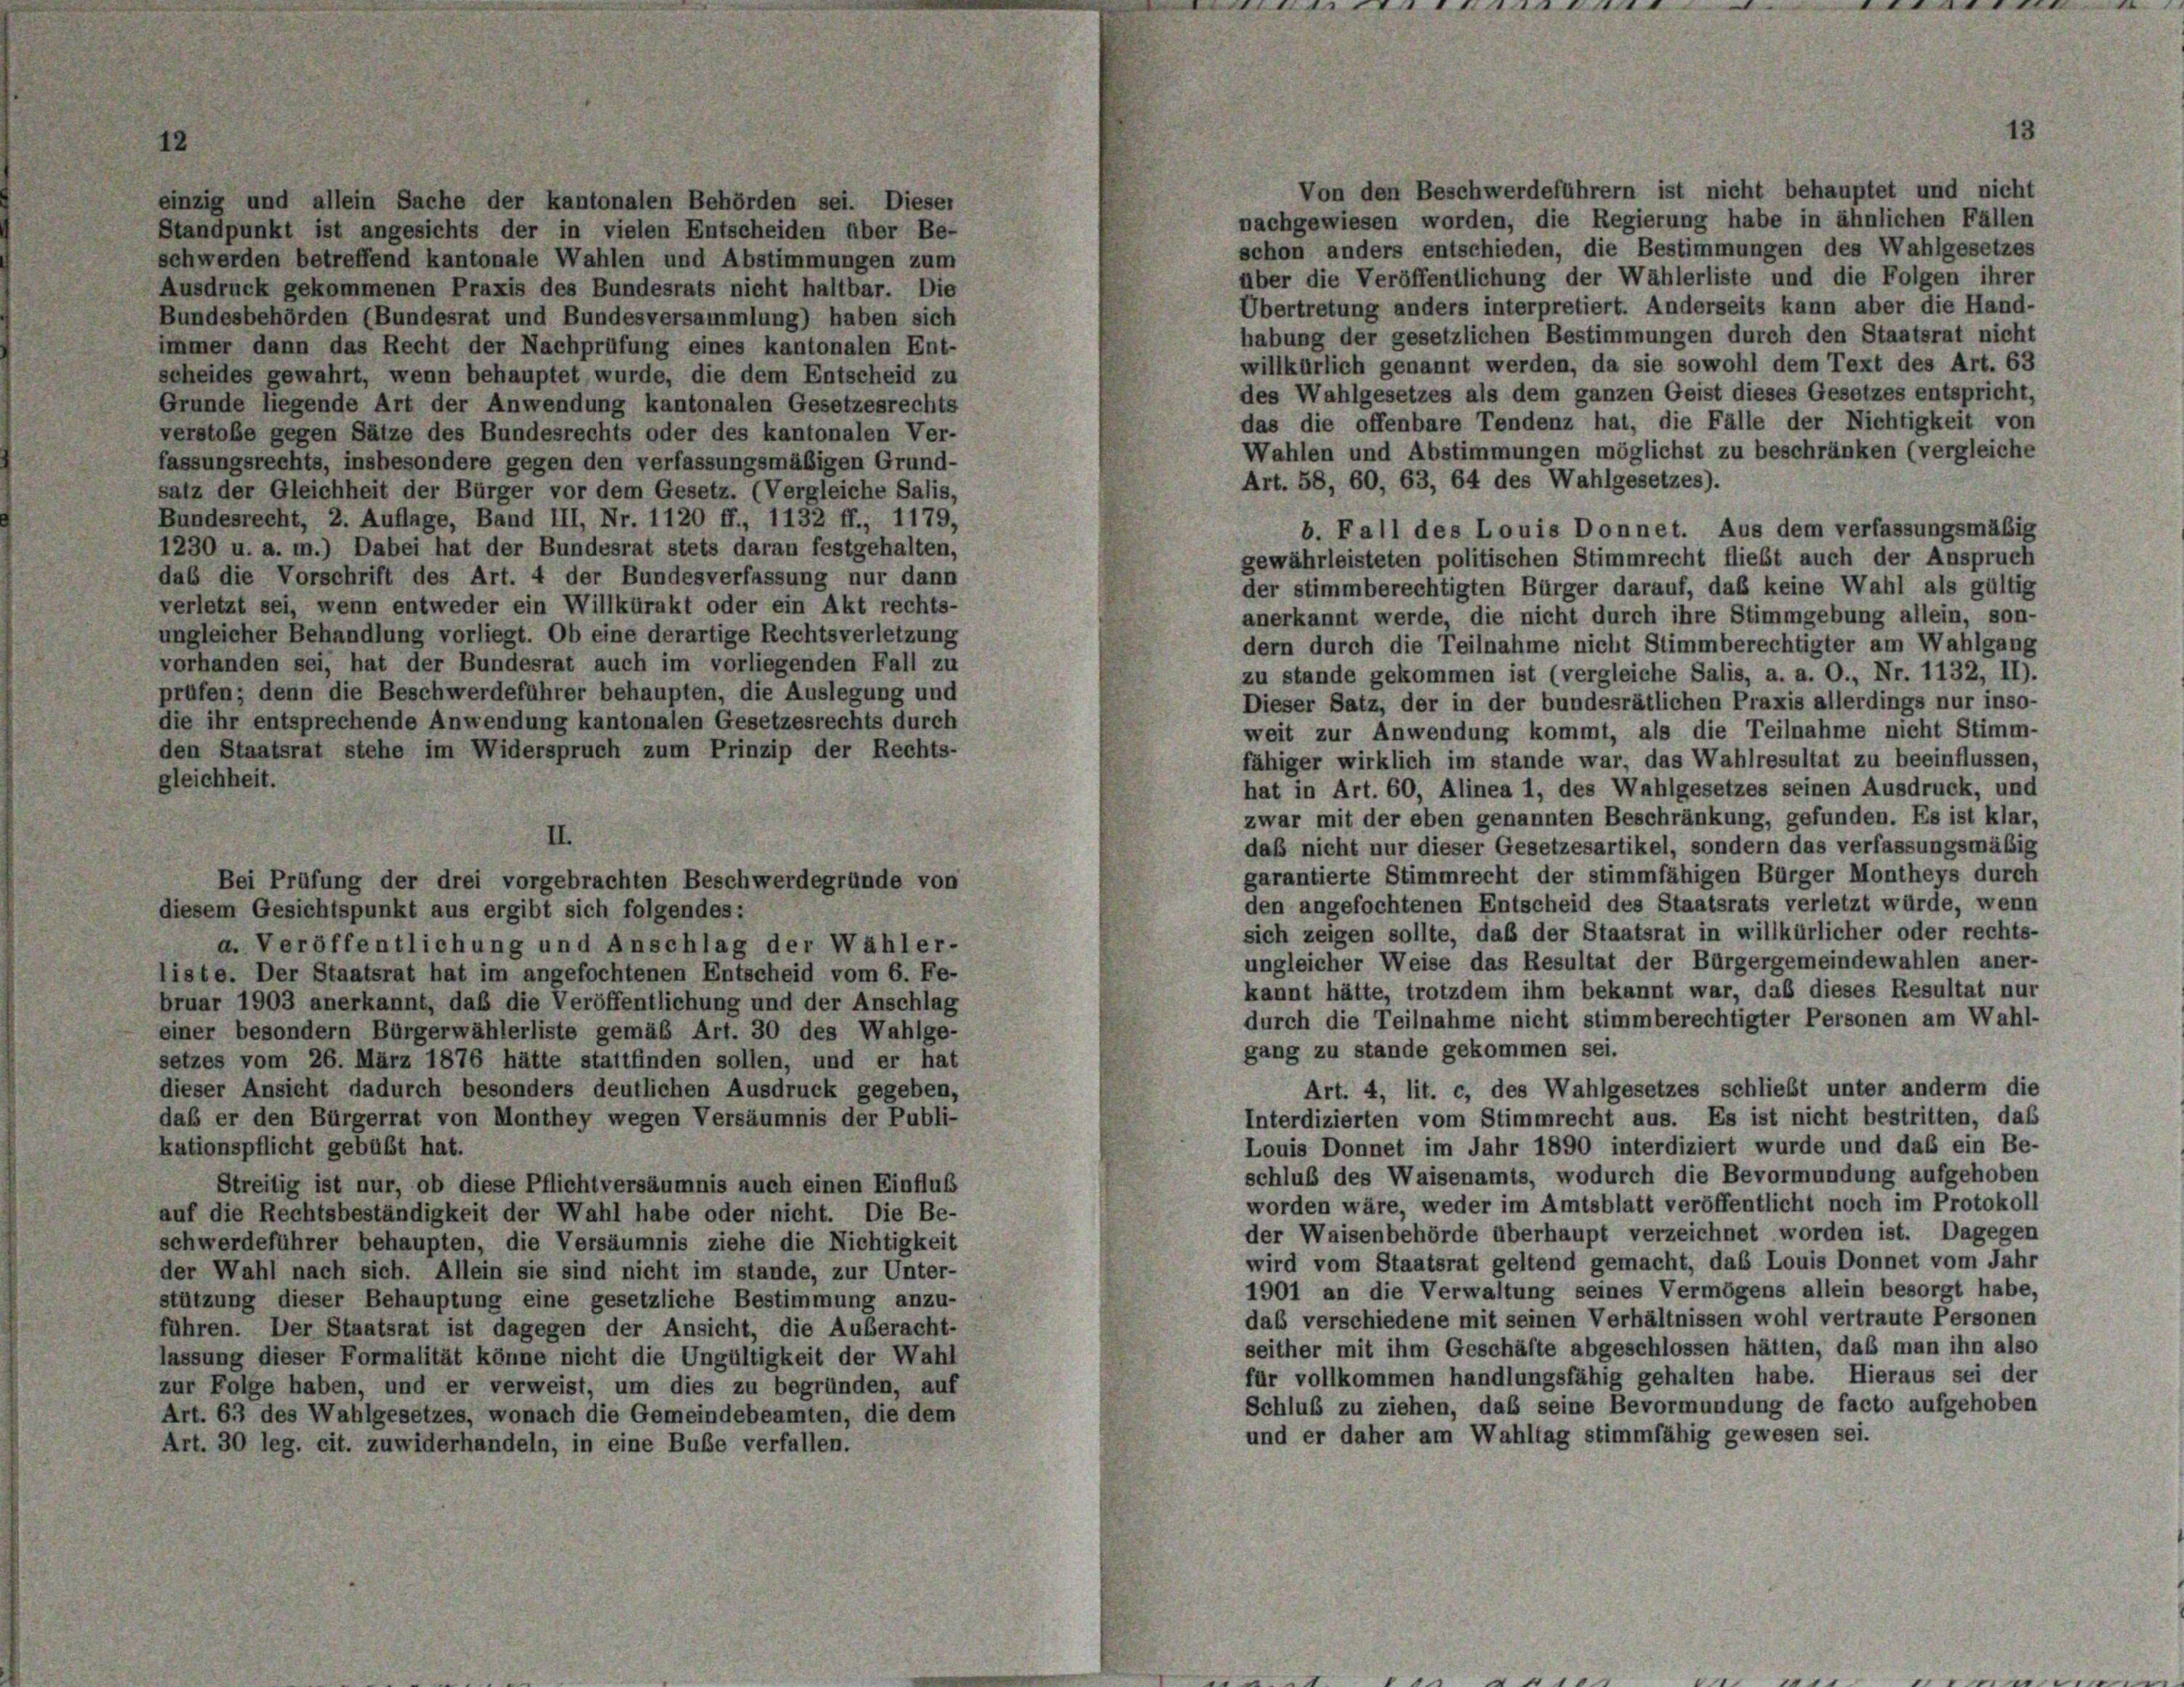
Von den Beschwerdeführern ist nicht behauptet und nicht
einzig und allein Sache der kantonalen Behörden sei. Dieser
nachgewiesen worden, die Regierung habe in ähnlichen Fällen
Standpunkt ist angesichts der in vielen Entscheiden über Be-
schon anders entschieden, die Bestimmungen des Wahlgesetzes
schwerden betreffend kantonale Wahlen und Abstimmungen zum
über die Veröffentlichung der Wählerliste und die Folgen ihrer
Ausdruck gekommenen Praxis des Bundesrats nicht haltbar. Die
Übertretung anders interpretiert. Anderseits kann aber die Hand-
Bundesbehörden (Bundesrat und Bundesversammlung) haben sich
habung der gesetzlichen Bestimmungen durch den Staatsrat nicht
immer dann das Recht der Nachprüfung eines kantonalen Ent-
willkürlich genannt werden, da sie sowohl dem Text des Art. 63
scheides gewahrt, wenn behauptet wurde, die dem Entscheid zu
des Wahlgesetzes als dem ganzen Geist dieses Gesetzes entspricht,
Grunde liegende Art der Anwendung kantonalen Gesetzesrechts
das die offenbare Tendenz hat, die Fälle der Nichtigkeit von
verstoße gegen Sätze des Bundesrechts oder des kantonalen Ver-
Wahlen und Abstimmungen möglichst zu beschränken (vergleiche
fassungsrechts, insbesondere gegen den verfassungsmäßigen Grund-
Art. 58, 60, 63, 64 des Wahlgesetzes).
salz der Gleichheit der Bürger vor dem Gesetz. (Vergleiche Salis,
Bundesrecht, 2. Auflage, Band III, Nr. 1120 ff., 1132 ff., 1179,
b. Fall des Louis Donnet. Aus dem verfassungsmäßig
1230 u. a. m.) Dabei hat der Bundesrat stets daran festgehalten,
gewährleisteten politischen Stimmrecht fliebt auch der Anspruch
das die Vorschrift des Art. 4 der Bundesverfassung nur dann
der stimmberechtigten Bürger darauf, daß keine Wahl als gültig
verletzt sei, wenn entweder ein Willkürakt oder ein Akt rechts-
anerkannt werde, die nicht durch ihre Stimmgebung allein, son-
ungleicher Behandlung vorliegt. Ob eine derartige Rechtsverletzung
dern durch die Teilnahme nicht Stimmberechtigter am Wahlgang
vorhanden sei, hat der Bundesrat auch im vorliegenden Fall zu
zu stande gekommen ist (vergleiche Salis, a. a. O., Nr. 1132, II).
prüfen; denn die Beschwerdeführer behaupten, die Auslegung und
Dieser Satz, der in der bundesrätlichen Praxis allerdings nur inso-
die ihr entsprechende Anwendung kantonalen Gesetzesrechts durch
weit zur Anwendung kommt, als die Teilnahme nicht Stimm-
den Staatsrat stehe im Widerspruch zum Prinzip der Rechts-
fähiger wirklich im stande war, das Wahlresultat zu beeinflussen,
gleichheit.
hat in Art. 60, Alinea 1, des Wahlgesetzes seinen Ausdruck, und
zwar mit der eben genannten Beschränkung, gefunden. Es ist klar,
II.
daß nicht nur dieser Gesetzesartikel, sondern das verfassungsmäßig
garantierte Stimmrecht der stimmfähigen Bürger Montheys durch
Bei Prüfung der drei vorgebrachten Beschwerdegründe von
den angefochtenen Entscheid des Staatsrats verletzt würde, wenn
diesem Gesichtspunkt aus ergibt sich folgendes:
sich zeigen sollte, daß der Staatsrat in willkürlicher oder rechts-
a. Veröffentlichung und Anschlag der Wähler-
ungleicher Weise das Resultat der Bürgergemeindewahlen aner-
liste. Der Staatsrat hat im angefochtenen Entscheid vom 6. Fe-
kannt hätte, trotzdem ihm bekannt war, daß dieses Resultat nur
bruar 1903 anerkannt, daß die Veröffentlichung und der Anschlag
durch die Teilnahme nicht stimmberechtigter Personen am Wahl-
einer besondern Bürgerwählerliste gemäß Art. 30 des Wahlge-
gang zu stande gekommen sei.
setzes vom 26. März 1876 hätte stattfinden sollen, und er hat
Art. 4, lit. c, des Wahlgesetzes schließt unter anderm die
dieser Ansieht dadurch besonders deutlichen Ausdruck gegeben,
daß er den Bürgerrat von Monthey wegen Versäumnis der Publi-
Interdizierten vom Stimmrecht aus. Es ist nicht bestritten, daß
Louis Donnet im Jahr 1890 interdiziert wurde und daß ein Be-
kationspflicht gebüßt hat.
schluß des Waisenamts, wodurch die Bevormundung aufgehoben
Streitig ist nur, ob diese Pflicht versäumnis auch einen Einfluß
worden wäre, weder im Amtsblatt veröffentlicht noch im Protokoll
auf die Rechtsbeständigkeit der Wahl habe oder nicht. Die Be-
der Waisenbehörde überhaupt verzeichnet worden ist. Dagegen
schwerdeführer behaupten, die Versäumnis ziehe die Nichtigkeit
wird vom Staatsrat geltend gemacht, das Louis Donnet vom Jahr
der Wahl nach sich. Allein sie sind nicht im stande, zur Unter-
1901 an die Verwaltung seines Vermögens allein besorgt habe,
stützung dieser Behauptung eine gesetzliche Bestimmung anzu-
das verschiedene mit seinen Verhältnissen wohl vertraute Personen
führen. Der Staatsrat ist dagegen der Ansicht, die Außeracht-
seither mit ihm Geschäfte abgeschlossen hätten, daß man ihn also
lassung dieser Formalität könne nicht die Ungültigkeit der Wahl
für vollkommen handlungsfähig gehalten habe. Hieraus sei der
zur Folge haben, und er verweist, um dies zu begründen, auf
Schluß zu ziehen, daß seine Bevormundung de facto aufgehoben
Art. 63 des Wahlgesetzes, wonach die Gemeindebeamten, die dem
und er daher am Wahltag stimmfähig gewesen sei.
Art. 30 leg. cit. zuwiderhandeln, in eine Buße verfallen.